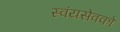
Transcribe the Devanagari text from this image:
स्वंयसेवको